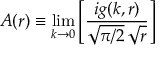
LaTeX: A ( r ) \equiv \operatorname * { l i m } _ { k \to 0 } \left[ { \frac { i g ( k , r ) } { \sqrt { \pi / 2 } \, \sqrt { r } } } \right]